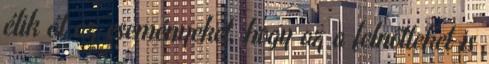
élik át az eseményeket, hogy az a felnőtteket is